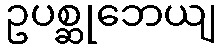
ဥပစ္ဆုဘေယျ